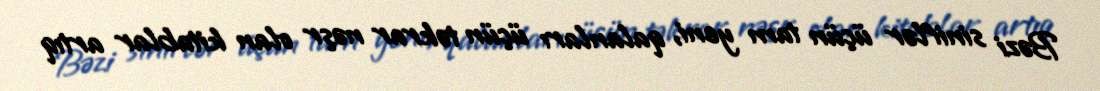
Bəzi siniflər üçün tam yeni, qalanları üçün təkrar nəşr olan kitablar artıq